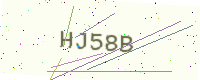
Text: HJ58B